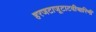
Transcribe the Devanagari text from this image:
हरजटाजूटाटवीचारिणी